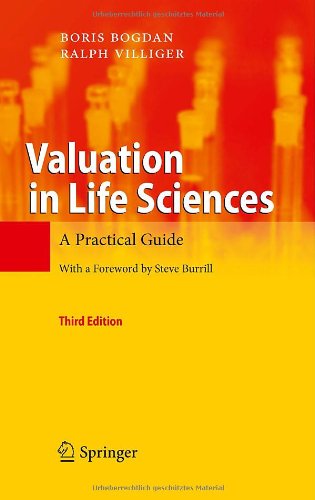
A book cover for Valuation in Life Sciences: A Practical Guide; Boris Bogdan; Medical Books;